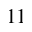
^ Ḋ 1 1 Ḍ